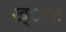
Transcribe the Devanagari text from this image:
ख्ास